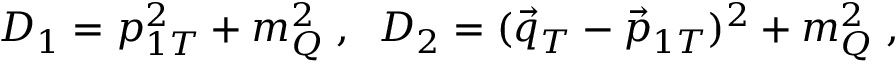
D _ { 1 } = p _ { 1 T } ^ { 2 } + m _ { Q } ^ { 2 } \; , \; \; D _ { 2 } = ( \vec { q } _ { T } - \vec { p } _ { 1 T } ) ^ { 2 } + m _ { Q } ^ { 2 } \; ,